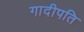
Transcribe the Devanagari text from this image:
गादीपति